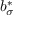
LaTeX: b _ { \sigma } ^ { * }